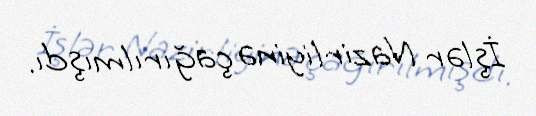
İşlər Nazirliyinə çağırılmışdı.